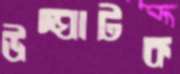
উদ্ঘাটক